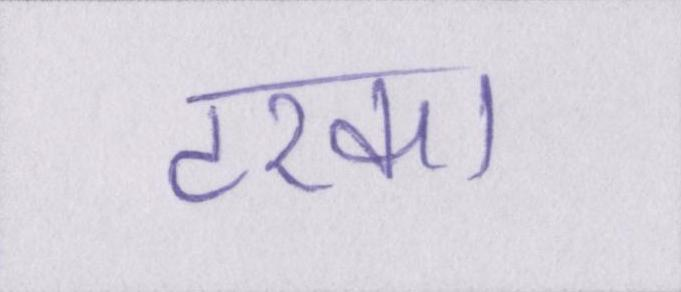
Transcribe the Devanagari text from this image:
टरका